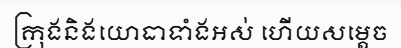
ក្រុងនិងយោធាទាំងអស់ ហើយសម្តេច